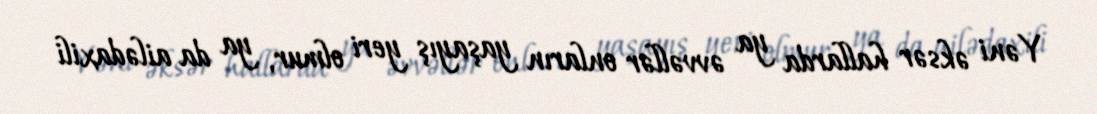
Yəni əksər hallarda ya əvvəllər onların yaşayış yeri olmur, ya da ailədaxili